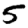
Digit: 5